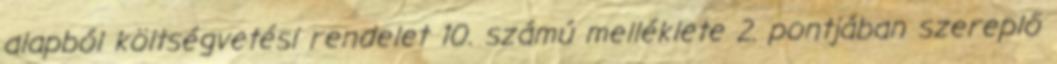
alapból költségvetési rendelet 10. számú melléklete 2. pontjában szereplő